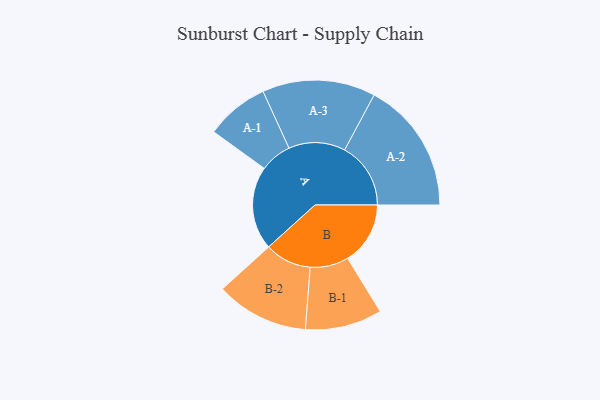
{"axis": {"x": "Segment", "y": "Value"}, "legend": ["", "A", "B"], "data": [{"x": "A", "y": 332, "type": ""}, {"x": "B", "y": 249, "type": ""}, {"x": "A-1", "y": 126, "type": "A"}, {"x": "A-2", "y": 263, "type": "A"}, {"x": "A-3", "y": 225, "type": "A"}, {"x": "B-1", "y": 153, "type": "B"}, {"x": "B-2", "y": 185, "type": "B"}]}